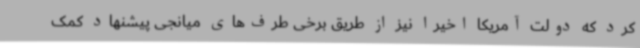
کرد که دولت آمریکا اخیرا نیز از طریق برخی طرف‌های میانجی پیشنهاد کمک